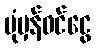
ပုံမှန်ဝင်ငွေ